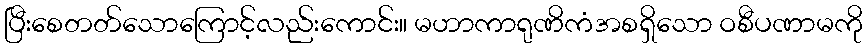
ပြီးစေတတ်သောကြောင့်လည်းကောင်း။ မဟာကာရုဏိကံအစရှိသော ဝစီပဏာမကို